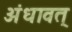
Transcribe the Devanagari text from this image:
अंधावत्